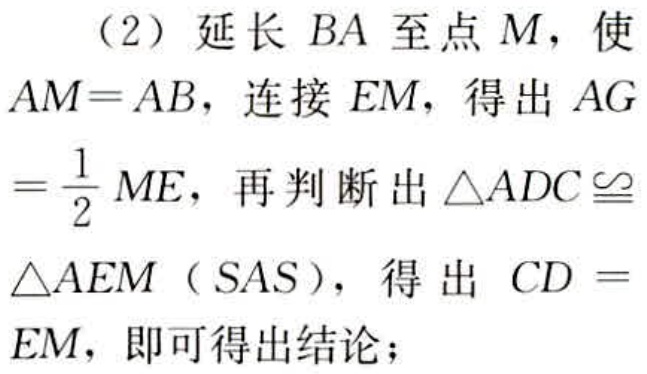
（2）延长 \(BA\) 至点 \(M\)，使 \(AM = AB\)，连接 \(EM\)，得出 \(AG=\frac{1}{2}ME\)，再判断出 \(\triangle ADC\cong\triangle AEM\)（\(SAS\)），得出 \(CD = EM\)，即可得出结论；